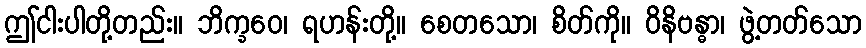
ဤငါးပါတို့တည်း။ ဘိက္ခဝေ၊ ရဟန်းတို့။ စေတသော၊ စိတ်ကို။ ဝိနိဗန္ဓာ၊ ဖွဲ့တတ်သော